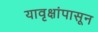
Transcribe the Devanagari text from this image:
यावृक्षांपासून